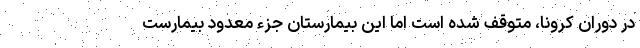
در دوران کرونا، متوقف شده است اما این بیمارستان جزء معدود بیمارست